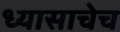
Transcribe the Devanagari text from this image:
ध्यासाचेच